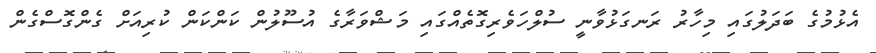
އެޅުމުގެ ބަދަލުގައި މިހާރު ރަނގަޅުވާނީ ސުލްހަވެރިގޮތެއްގައި މަޝްވަރާގެ އުސޫލުން ކަންކަން ކުރިއަށް ގެންގޮސްގެން